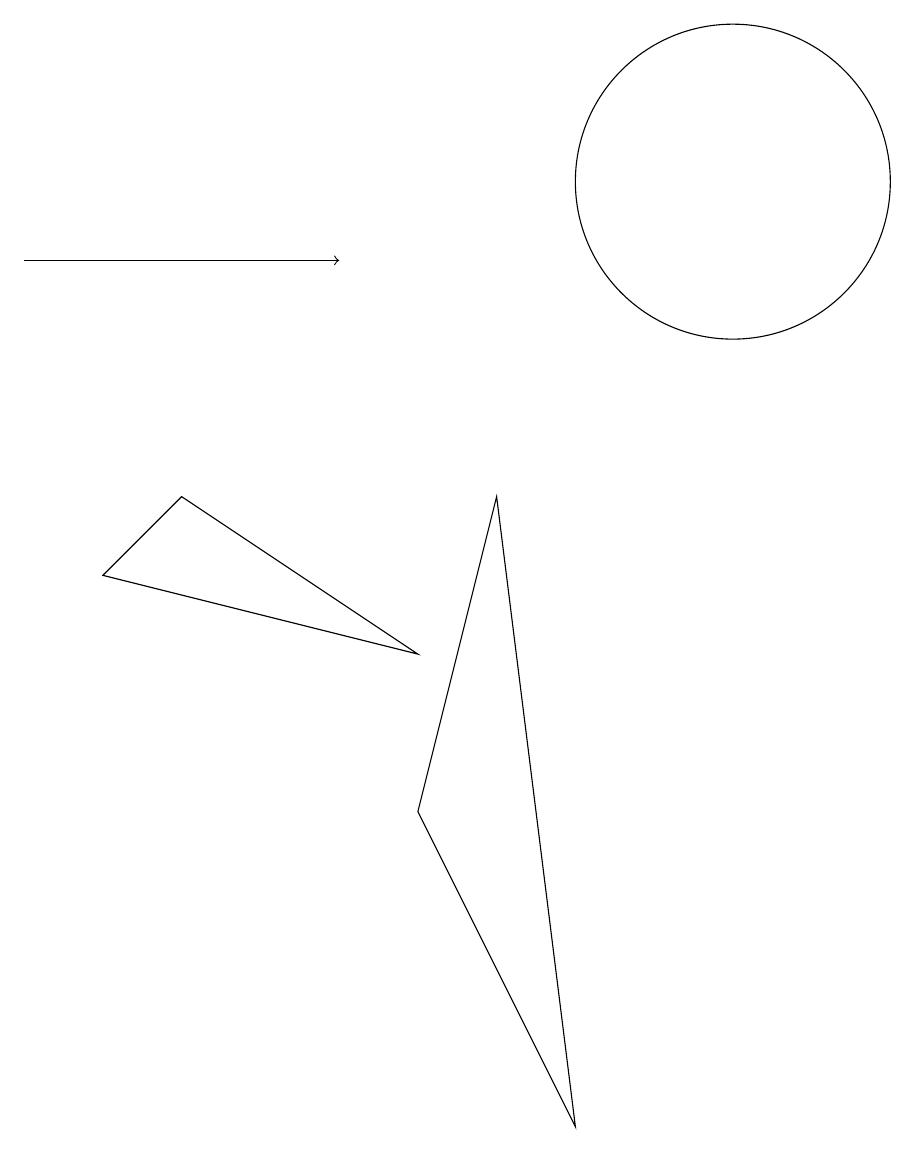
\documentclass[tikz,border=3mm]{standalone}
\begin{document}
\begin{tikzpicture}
\draw (11,12) circle (2);
\draw[->] (2,11) -- (6,11);
\draw (9,0) -- (7,4) -- (8,8) -- cycle;
\draw (3,7) -- (4,8) -- (7,6) -- cycle;
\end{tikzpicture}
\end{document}